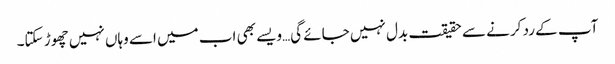
آپ کے رد کرنے سے حقیقت بدل نہیں جائے گی…ویسے بھی اب میں اسے وہاں نہیں چھوڑ سکتا۔